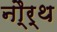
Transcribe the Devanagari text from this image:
नौ्र्थ